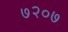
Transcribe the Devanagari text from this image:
७२०७